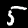
Digit: 5